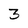
Character: 3